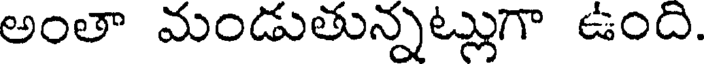
అంతా మండుతున్నట్లుగా ఉంది.